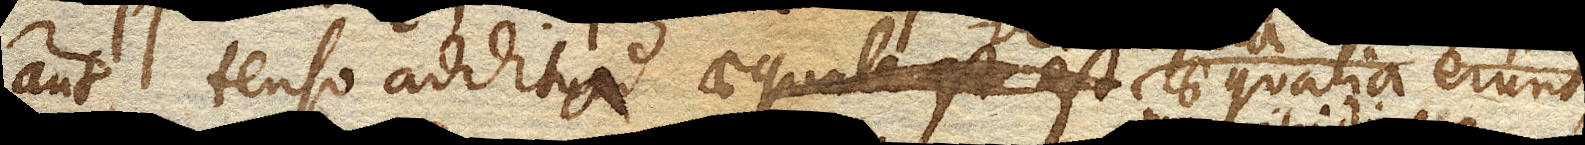
aut tenso addita aequalia erunt,